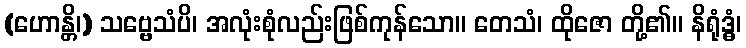
(ဟောန္တိ၊) သဗ္ဗေသံပိ၊ အလုံးစုံလည်းဖြစ်ကုန်သော။ တေသံ၊ ထိုဇော တို့၏။ နိရုံဒ္ဓံ၊